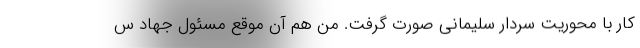
کار با محوریت سردار سلیمانی صورت گرفت. من هم آن موقع مسئول جهاد س